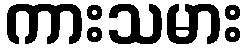
ကားသမား